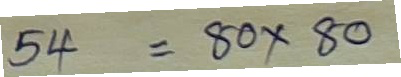
54 = 80 x 80